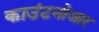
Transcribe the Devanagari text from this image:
काउंटनोआर